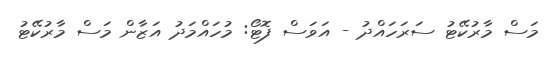
މަސް މާރުކޭޓު ސަރަހައްދު - އަވަސް ފޮޓޯ: މުހައްމަދު އަޒާން މަސް މާރުކޭޓު